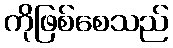
ကိုဖြစ်စေသည်